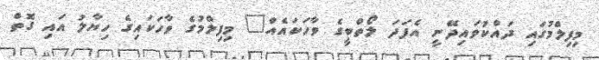
މިފިލްމުގައި ދައްކުވައިދޭނީ އެފަދަ ލޯތްބީގެ ވާހަކައެއް" މިފިލްމުގެ ވާހަކައިގެ ހިޔާލު އައި ގޮތް